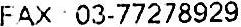
FAX 03-77278929